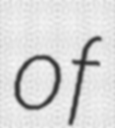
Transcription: of